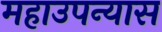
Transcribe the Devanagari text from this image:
महाउपन्यास